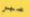
صبر